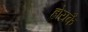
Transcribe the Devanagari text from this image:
होयकै